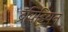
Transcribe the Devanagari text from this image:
द्रविड़ियन